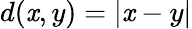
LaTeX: d(\mathit{x},y)=|\mathit{x}-y|